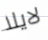
لايلا